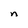
Character: n